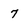
Character: 7